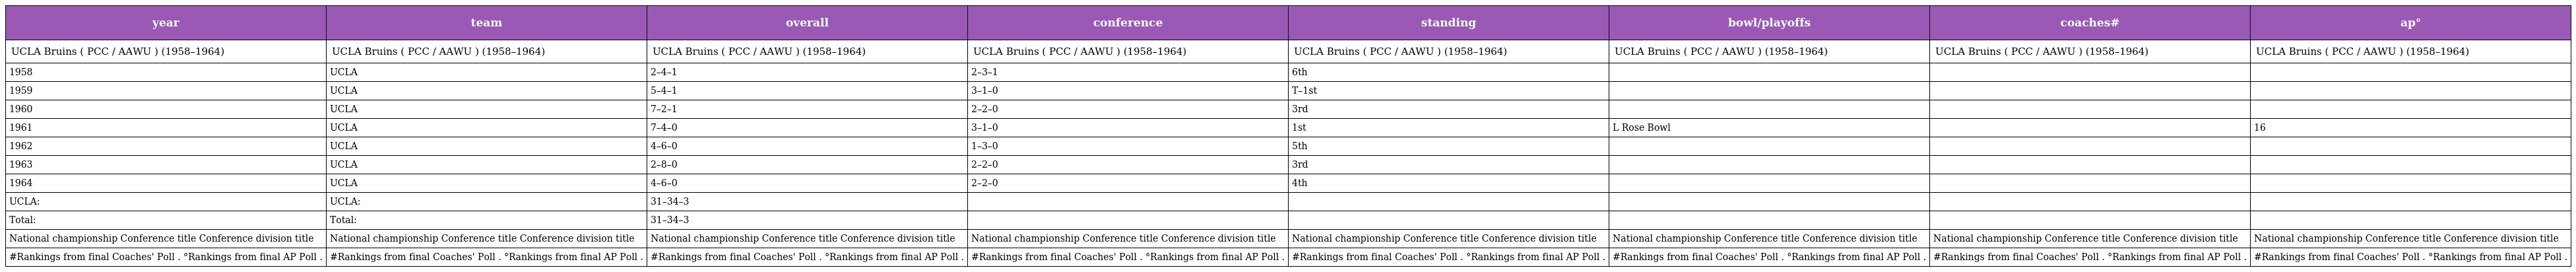
| year | team | overall | conference | standing | bowl/playoffs | coaches# | ap° |
 | --- | --- | --- | --- | --- | --- | --- | --- |
 | UCLA Bruins ( PCC / AAWU ) (1958–1964) | UCLA Bruins ( PCC / AAWU ) (1958–1964) | UCLA Bruins ( PCC / AAWU ) (1958–1964) | UCLA Bruins ( PCC / AAWU ) (1958–1964) | UCLA Bruins ( PCC / AAWU ) (1958–1964) | UCLA Bruins ( PCC / AAWU ) (1958–1964) | UCLA Bruins ( PCC / AAWU ) (1958–1964) | UCLA Bruins ( PCC / AAWU ) (1958–1964) |
 | 1958 | UCLA | 2–4–1 | 2–3–1 | 6th |  |  |  |
 | 1959 | UCLA | 5–4–1 | 3–1–0 | T–1st |  |  |  |
 | 1960 | UCLA | 7–2–1 | 2–2–0 | 3rd |  |  |  |
 | 1961 | UCLA | 7–4–0 | 3–1–0 | 1st | L Rose Bowl |  | 16 |
 | 1962 | UCLA | 4–6–0 | 1–3–0 | 5th |  |  |  |
 | 1963 | UCLA | 2–8–0 | 2–2–0 | 3rd |  |  |  |
 | 1964 | UCLA | 4–6–0 | 2–2–0 | 4th |  |  |  |
 | UCLA: | UCLA: | 31–34–3 |  |  |  |  |  |
 | Total: | Total: | 31–34–3 |  |  |  |  |  |
 | National championship Conference title Conference division title | National championship Conference title Conference division title | National championship Conference title Conference division title | National championship Conference title Conference division title | National championship Conference title Conference division title | National championship Conference title Conference division title | National championship Conference title Conference division title | National championship Conference title Conference division title |
 | #Rankings from final Coaches' Poll . °Rankings from final AP Poll . | #Rankings from final Coaches' Poll . °Rankings from final AP Poll . | #Rankings from final Coaches' Poll . °Rankings from final AP Poll . | #Rankings from final Coaches' Poll . °Rankings from final AP Poll . | #Rankings from final Coaches' Poll . °Rankings from final AP Poll . | #Rankings from final Coaches' Poll . °Rankings from final AP Poll . | #Rankings from final Coaches' Poll . °Rankings from final AP Poll . | #Rankings from final Coaches' Poll . °Rankings from final AP Poll . |